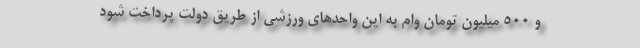
و ۵۰۰ میلیون تومان وام به این واحدهای ورزشی از طریق دولت پرداخت شود